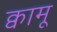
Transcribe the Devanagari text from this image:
क्वामू